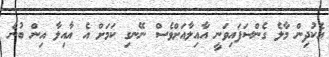
އެކުދިން މާލެ ގެންސަފައިވަނީ އާއިލާއަށްވެސް ނޭނގި ކަމަށް އެ އާއިލާ އިން ބުނެ